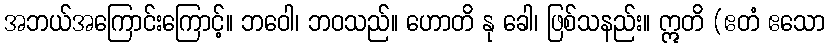
အဘယ်အကြောင်းကြောင့်။ ဘဝေါ၊ ဘဝသည်။ ဟောတိ နု ခေါ၊ ဖြစ်သနည်း။ ဣတိ (ဧတံ ဧသော